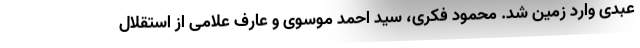
عبدی وارد زمین شد. محمود فکری، سید احمد موسوی و عارف علامی از استقلال